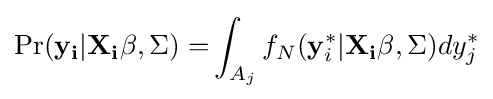
{\begin{aligned}\Pr(\mathbf {y_{i}} |\mathbf {X_{i}\beta } ,\Sigma )=&\int _{A_{j}}f_{N}(\mathbf {y} _{i}^{*}|\mathbf {X_{i}\beta } ,\Sigma )dy_{j}^{*}\\\end{aligned}}